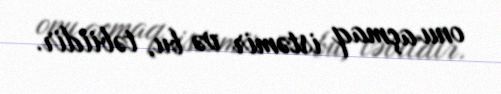
onu açmaq istəmir və bu, təbiidir.